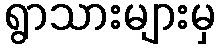
ရွာသားများမှ